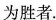
为胜者。